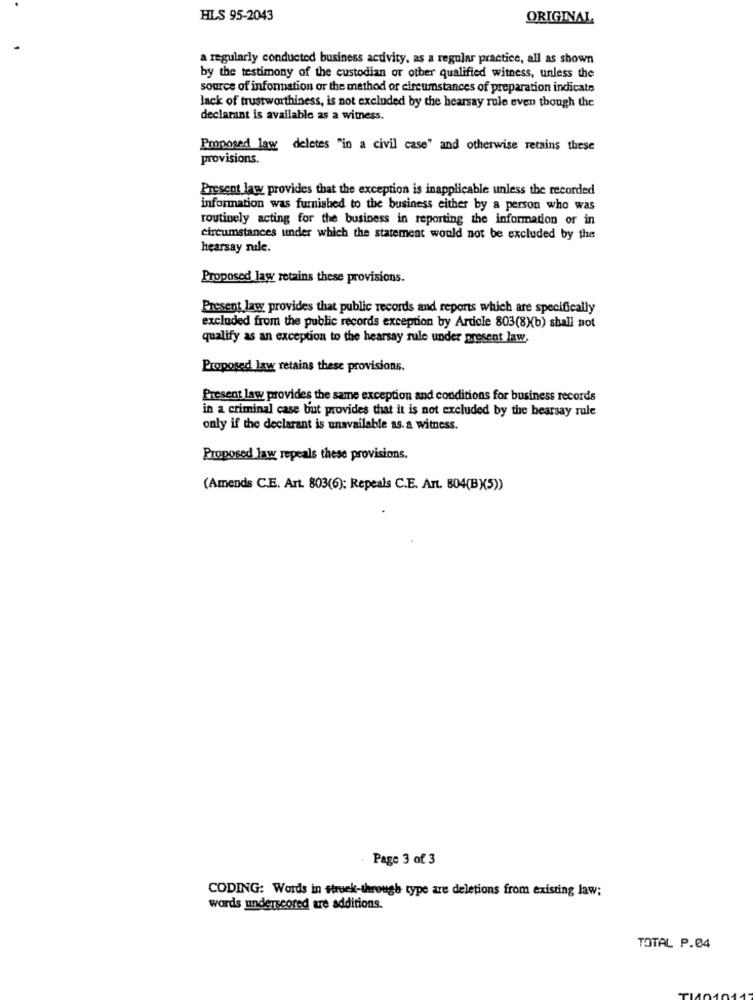
HLS 95-2043
ORIGINAL
a regularly conducted business activity, as a regular practice, all as shown
by the testimony of the custodian or other qualified witness, unless the
source of information or the method of circumstances of preparation indicate
lack of trustworthiness, is not excluded by the hearsay role even though the
declarant is available as a witness.
Proposed law deletes "in a civil case" and otherwise retains these
provisions.
Present law provides that the exception is inapplicable unless the recorded
information was furnished to the business either by a person who was
routinely acting for the business in reporting the information or in
circumstances under which the statement would not be excluded by the
hearsay nuile.
Proposed lasy retains these provisions.
Present law provides that public records and reports which are specifically
excluded from the public records exception by Article 803(8)(b) shall not
qualify as an exception to the hearsay rule under present law.
Proposed law retains these provisions.
Present law provides the same exception and conditions for business records
in a criminal case but provides that it is not excluded by the bearsay rule
only if the declarant is unavailable as. a witness.
Proposed law repeals these provisions.
(Amends C.E. Art. 803(6); Repeals C.E. Art. 804(BX5))
Page 3 of 3
CODING: Words in struek-through type are deletions from existing law;
words underscored are additions.
TOTAL P.04